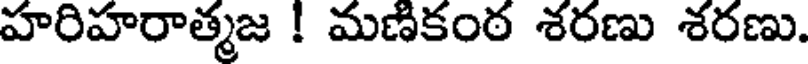
హరిహరాత్మజ ! మణికంఠ శరణు శరణు.